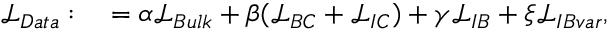
\begin{array} { r l } { \mathcal { L } _ { D a t a } : } & { { } = \alpha \mathcal { L } _ { B u l k } + \beta ( \mathcal { L } _ { B C } + \mathcal { L } _ { I C } ) + \gamma \mathcal { L } _ { I B } + \xi \mathcal { L } _ { I B v a r } , } \end{array}